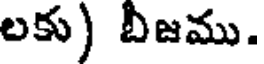
లకు) బిజము.